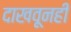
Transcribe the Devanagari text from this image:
दाखवूनही